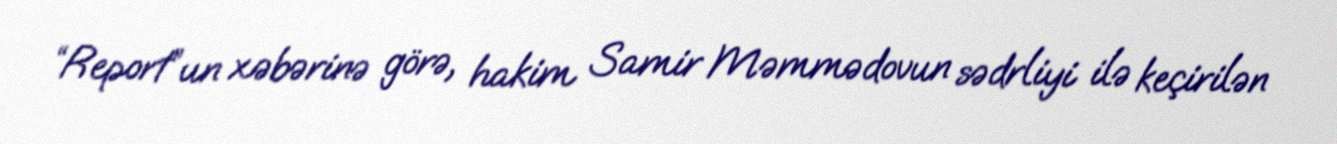
“Report”un xəbərinə görə, hakim Samir Məmmədovun sədrliyi ilə keçirilən